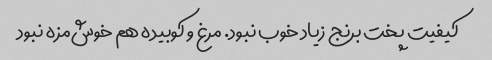
کیفیت پخت برنج زیاد خوب نبود. مرغ و کوبیده هم خوش‌مزه نبود